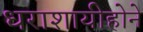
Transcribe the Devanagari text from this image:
धराशायीहोने